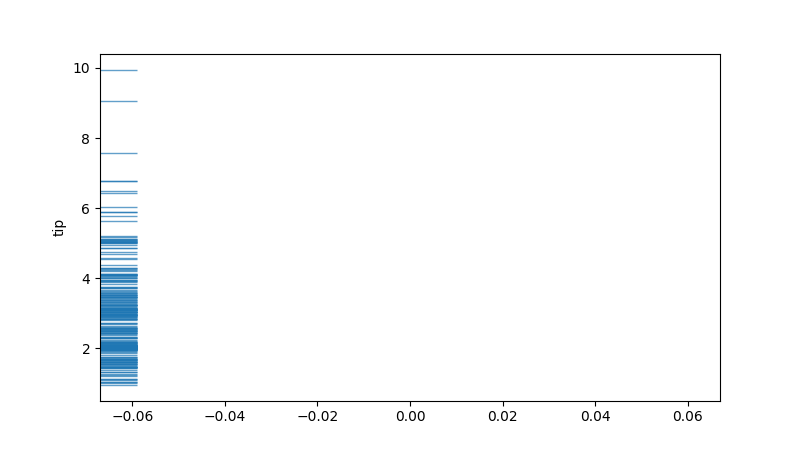
python, seaborn, rugplot, height=0.06, axis='y', alpha=0.7